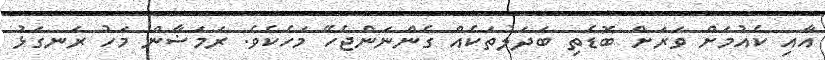
އާއި ކެއުމަށް ވަރަށް ބޮޑެތި ބަދަލުތަކެއް ގެންނަންޖެހޭ މަހެކެވެ. ރަމަޟާން މަހު ރަނގަޅު